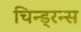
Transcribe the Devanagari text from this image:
चिन्ड्रन्स